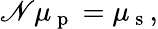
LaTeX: \mathscr{N}\mu_{\mathrm{{~p~}}}=\mu_{\mathrm{{~s~}}},